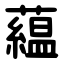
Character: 藴